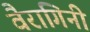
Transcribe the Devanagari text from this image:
वैरागिनी